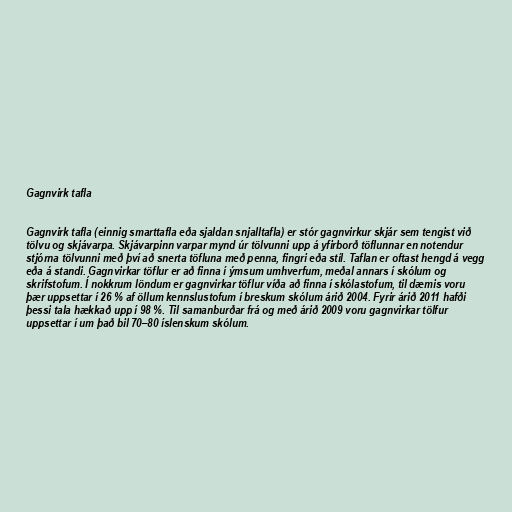
Gagnvirk tafla

Gagnvirk tafla (einnig smarttafla eða sjaldan snjalltafla) er stór gagnvirkur skjár sem tengist við
tölvu og skjávarpa. Skjávarpinn varpar mynd úr tölvunni upp á yfirborð töflunnar en notendur
stjórna tölvunni með því að snerta töfluna með penna, fingri eða stíl. Taflan er oftast hengd á vegg
eða á standi. Gagnvirkar töflur er að finna í ýmsum umhverfum, meðal annars í skólum og
skrifstofum. Í nokkrum löndum er gagnvirkar töflur víða að finna í skólastofum, til dæmis voru
þær uppsettar í 26 % af öllum kennslustofum í breskum skólum árið 2004. Fyrir árið 2011 hafði
þessi tala hækkað upp í 98 %. Til samanburðar frá og með árið 2009 voru gagnvirkar tölfur
uppsettar í um það bil 70–80 íslenskum skólum.